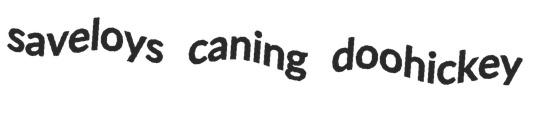
saveloys caning doohickey